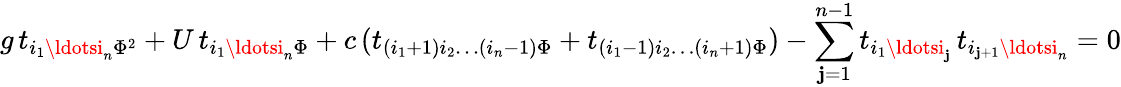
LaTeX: g\, t_{i_{1}\ldotsi_{n}\Phi^{2}}+U\, t_{i_{1}\ldotsi_{n}\Phi}+c\, (t_{(i_{1}+1)i_{2}\ldots(i_{n}-1)\Phi}+t_{(i_{1}-1)i_{2}\ldots(i_{n}+1)\Phi})-\sum_{\mathbf{j}=1}^{n-1}t_{i_{1}\ldotsi_{\mathbf{j}}}\, t_{i_{\mathbf{j}+1}\ldotsi_{n}}=0